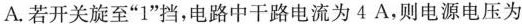
A.若开关旋至”1”挡，电路中干路电流为4A，则电源电压为